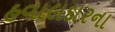
હવાલદારના